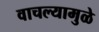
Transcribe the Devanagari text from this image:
वाचल्यामुळे